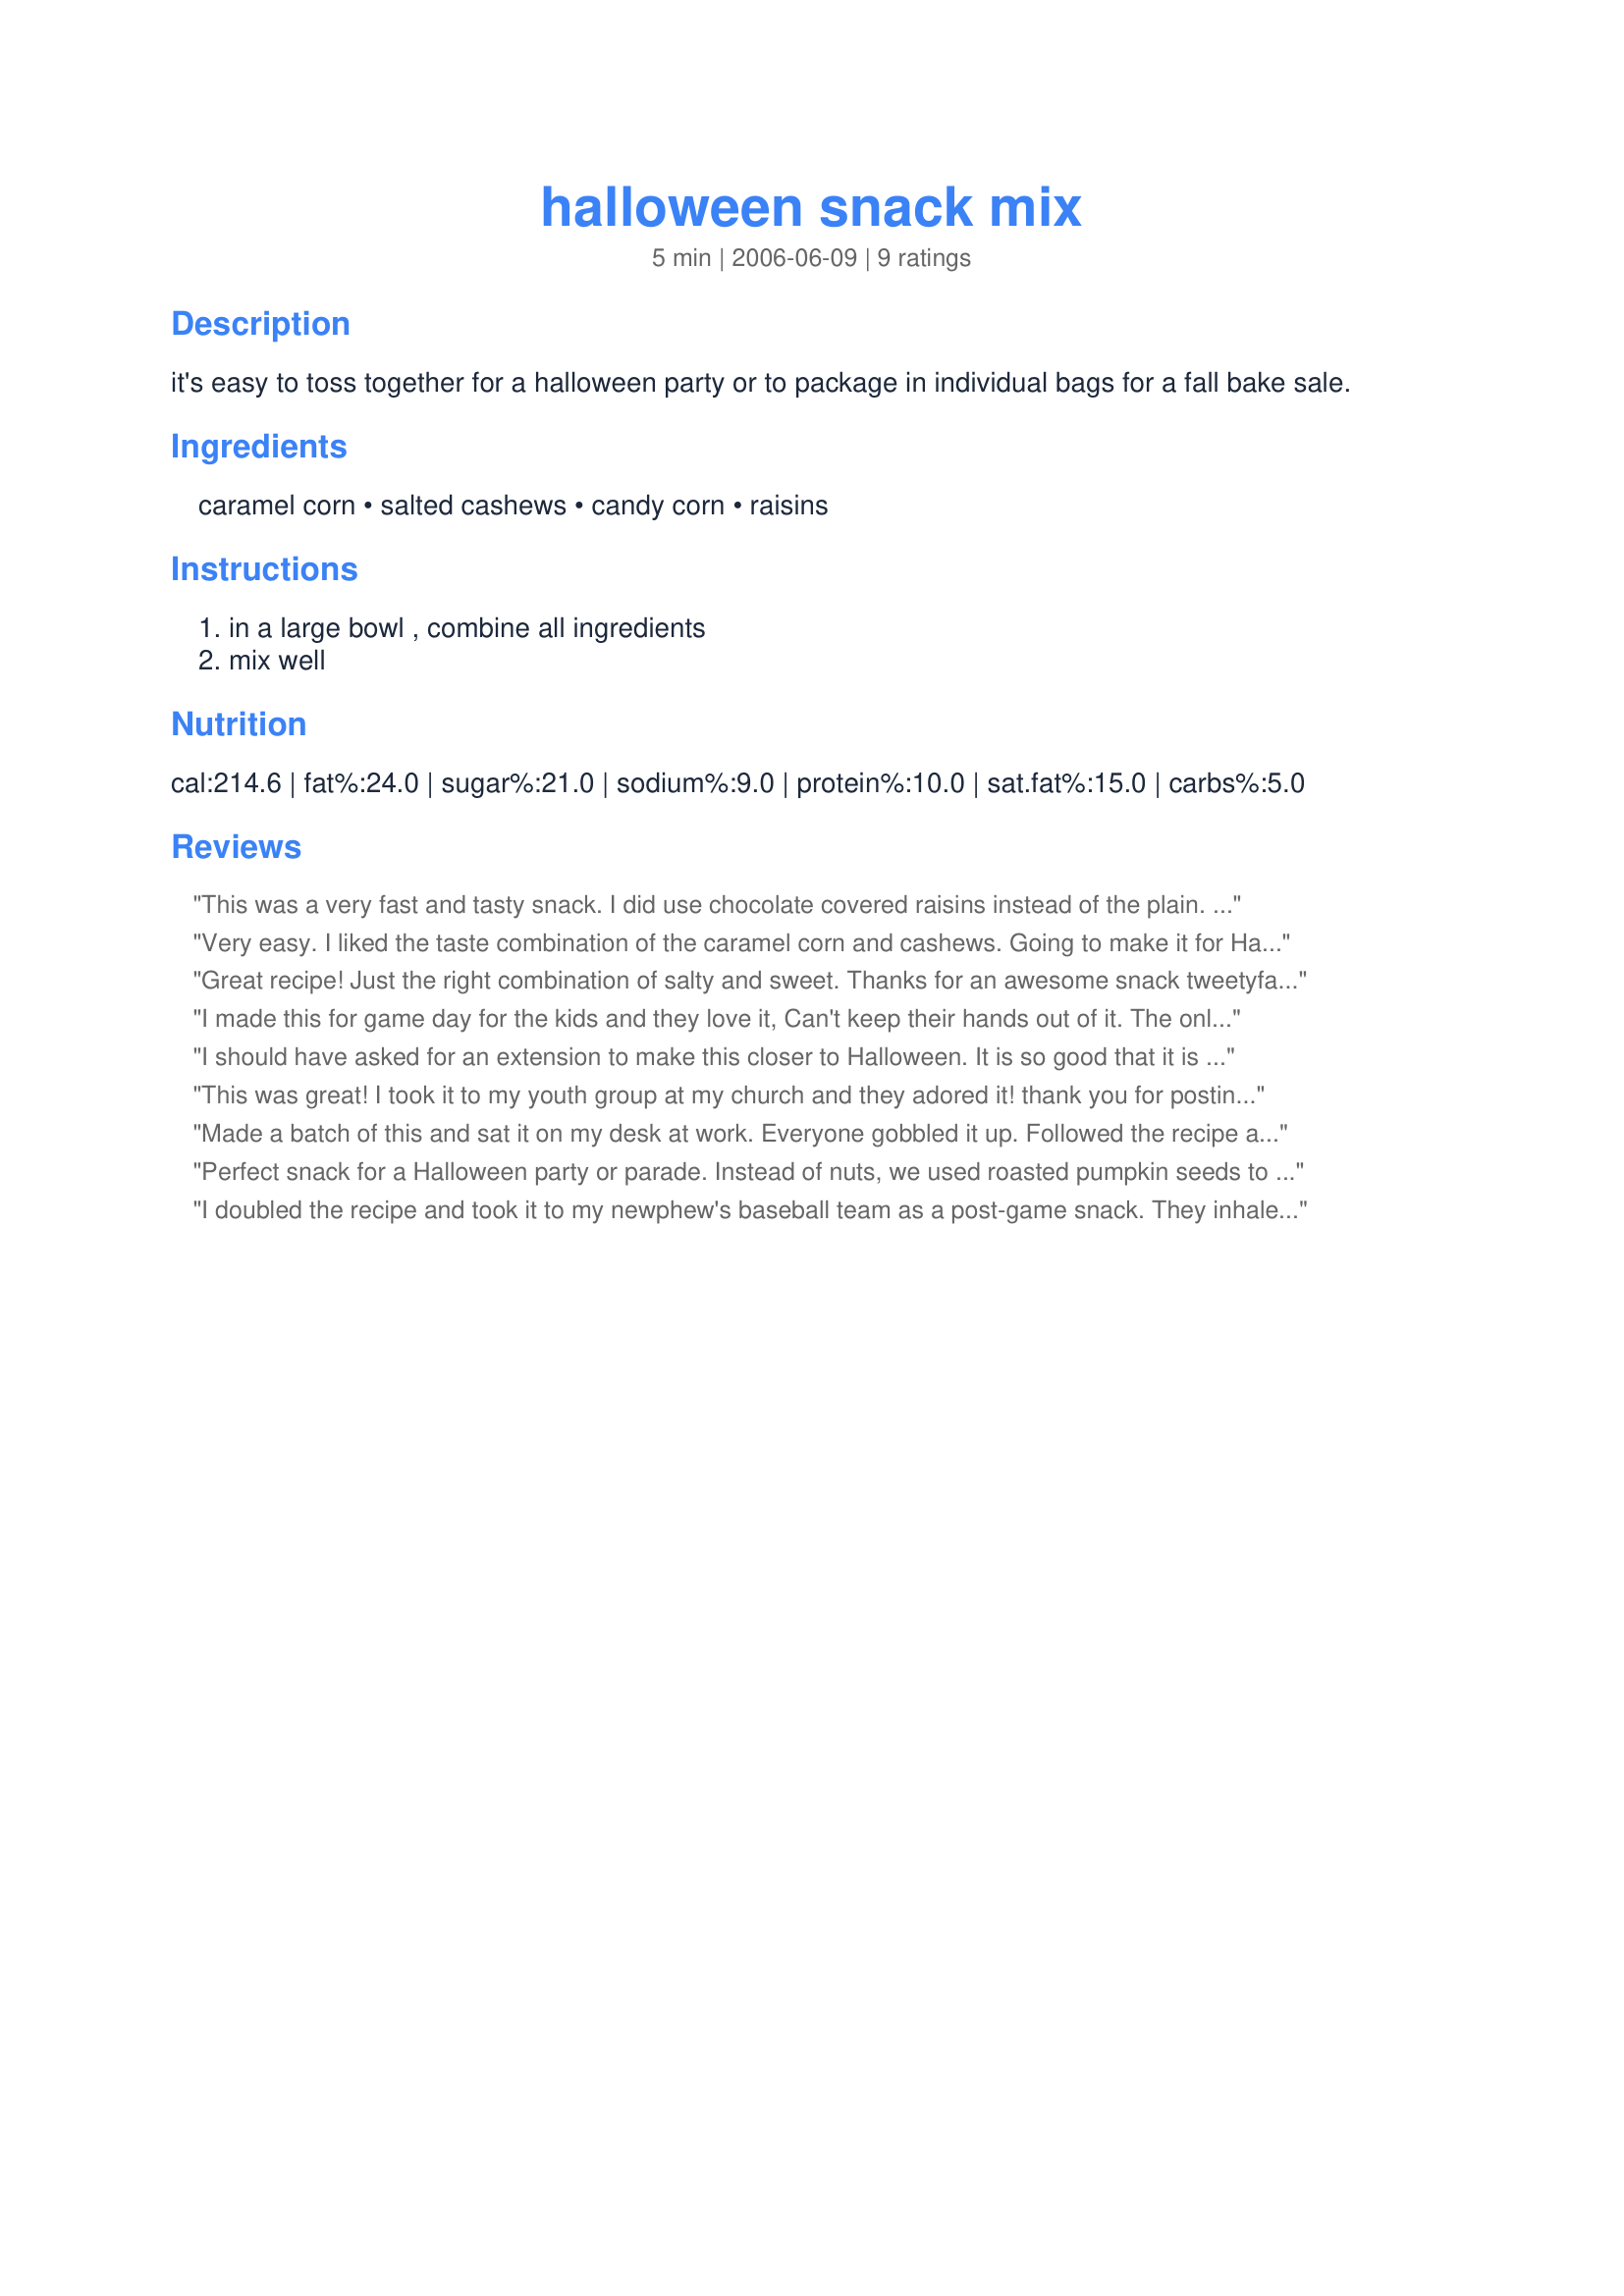
halloween snack mix
Preparation time: 5 minutes

it's easy to toss together for a halloween party or to package in individual bags for a fall bake sale.

Ingredients:
caramel corn, salted cashews, candy corn, raisins

Steps:
in a large bowl , combine all ingredients, mix well

Reviews:
This was a very fast and tasty snack. I did use chocolate covered raisins instead of the plain.
Thanks tweetyfan
Very easy. I liked the taste combination of the caramel corn and cashews. Going to make it for Halloween. 

Thanks tweetyfan. 

Bullwinkle.
Great recipe! Just the right combination of salty and sweet. Thanks for an awesome snack tweetyfan :)
I made this for game day for the kids and they love it, Can't keep their hands out of it. The only thing is I didn't use raisin's because the kid's aren't big raisin fans but I added more cashews and candy corn. This recipe will be made again and again, Can't get any easier for a fun kid recipe and if you have company takes just a few minutes to mix it up and serve.. Highly recommended.
Thanks tweetyfan :)
I should have asked for an extension to make this closer to Halloween. It is so good that it is hard to stay out of. I love the salty sweet taste. When I was in the store I was buying the candy corn and they now have caramel candy corn. So then I started to wonder if that was what tweetfan was talking about. But no I asked her and she said indeed it was caramel popped corn. Made for *PAC Fall 2007* game
This was great! I took it to my youth group at my church and they adored it! thank you for posting this wonderful recipe.
Made a batch of this and sat it on my desk at work. Everyone gobbled it up. Followed the recipe as written. Made for Fall PAC 2009.
Perfect snack for a Halloween party or parade. Instead of nuts, we used roasted pumpkin seeds to make it more fall-like and used way more raisins and candy and less caramel corn than it stated here.
I doubled the recipe and took it to my newphew's baseball team as a post-game snack. They inhaled it!!! Thanks for sharing this super snack mix, tweetyfan! I've now been asked to bring it to every game. :) **Made for Spring PAC 2008**
